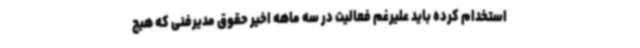
استخدام کرده باید علیرغم فعالیت در سه ماهه اخیر حقوق مدیرفنی که هیچ